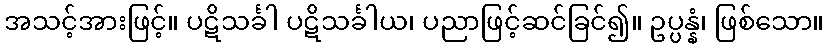
အသင့်အားဖြင့်။ ပဋိသင်္ခါ ပဋိသင်္ခါယ၊ ပညာဖြင့်ဆင်ခြင်၍။ ဥပ္ပန္နံ၊ ဖြစ်သော။